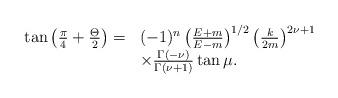
LaTeX: \begin{align*}\begin{array}{rl}\tan\left(\frac{\pi}{4}+\frac{\Theta}{2} \right) = & (-1)^n \left(\frac{E+m}{E-m}\right)^{1/2}\left(\frac{k}{2m}\right)^{2\nu+1}\\& \times\frac{\Gamma(-\nu)}{\Gamma(\nu+1)}\tan\mu .\end{array}\end{align*}